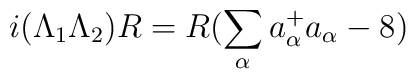
i (\Lambda_1 \Lambda_2) R = R (\sum_\alpha a_\alpha^+ a_\alpha - 8)